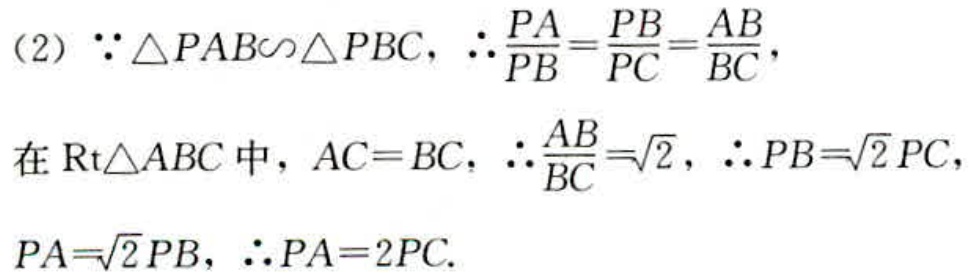
（2）\(\because\triangle PAB\sim\triangle PBC\)，\(\therefore\frac{PA}{PB}=\frac{PB}{PC}=\frac{AB}{BC}\)，
在\(\text{Rt}\triangle ABC\)中，\(AC = BC\)，\(\therefore\frac{AB}{BC}=\sqrt{2}\)，\(\therefore PB = \sqrt{2}PC\)，
\(PA=\sqrt{2}PB\)，\(\therefore PA = 2PC\).